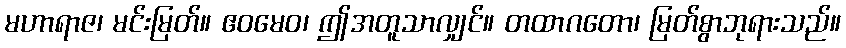
မဟာရာဇ၊ မင်းမြတ်။ ဧဝမေဝ၊ ဤအတူသာလျှင်။ တထာဂတော၊ မြတ်စွာဘုရားသည်။